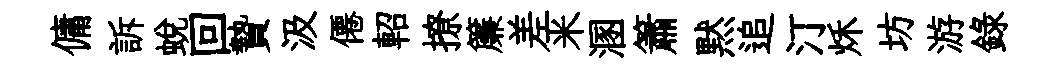
傭訴蜕回贄汲僊軺撩簾差米溷簫黙追汀秌坊游錄